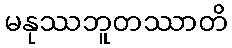
မနုဿဘူတဿာတိ